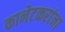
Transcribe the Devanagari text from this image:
कानेटकरांना